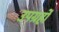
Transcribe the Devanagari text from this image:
उपग्रहोंं